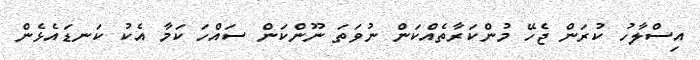
އިސްލާހު ކުރަން ޖެހޭ މުންކަރާތެއްކަން ނުވަތަ ނޫންކަން ސައްހަ ކަމާ އެކު ކަނޑައެޅެން